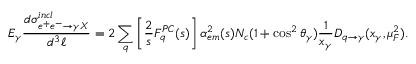
E _ { \gamma } { \frac { d \sigma _ { e ^ { + } e ^ { - } \rightarrow \gamma X } ^ { i n c l } } { d ^ { 3 } \ell } } = 2 \sum _ { q } \left[ { \frac { 2 } { s } } F _ { q } ^ { P C } ( s ) \right] \alpha _ { e m } ^ { 2 } ( s ) N _ { c } ( 1 + \cos ^ { 2 } \theta _ { \gamma } ) { \frac { 1 } { x _ { \gamma } } } D _ { q \rightarrow \gamma } ( x _ { \gamma } , \mu _ { F } ^ { 2 } ) .